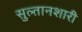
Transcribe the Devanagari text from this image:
सुल्तानशारी